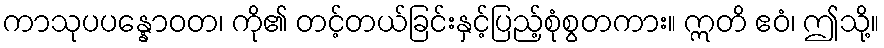
ကာသုပပန္နောဝတ၊ ကို၏ တင့်တယ်ခြင်းနှင့်ပြည့်စုံစွတကား။ ဣတိ ဧဝံ၊ ဤသို့။